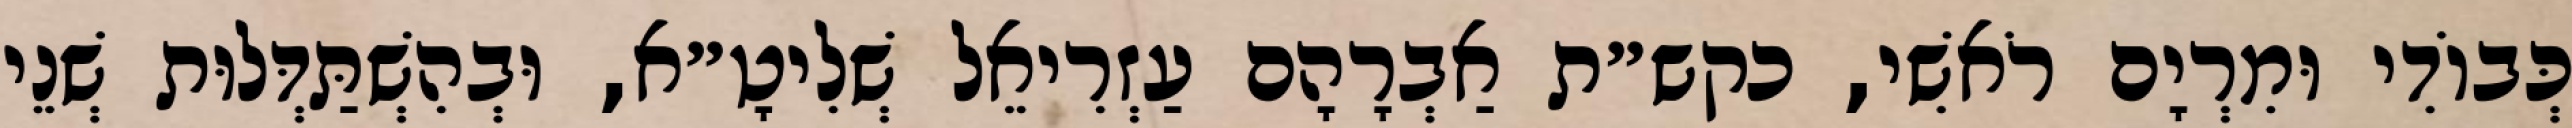
כְּבוֹדִי וּמִרְיָם רֹאשִׁי, כקש״ת אַבְרָהָם עַזְרִיאֵל שְׁלִיטָ״א, וּבְהִשְׁתַּדְּלוּת שְׁנֵי